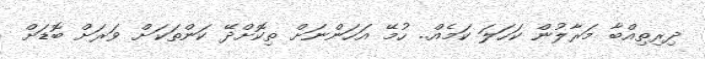
ދިރިތިއްބާ މަރާލުން ކަހަލަ ކަމެއް.. ހުމޭ އަހަންނަށް ތިކޮށްދޭ ކަންތަކަށް ވަރަށް ބޮޑަށް